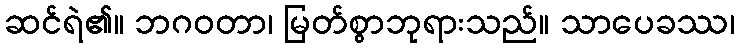
ဆင်ရဲ၏။ ဘဂဝတာ၊ မြတ်စွာဘုရားသည်။ သာပေခဿ၊